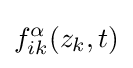
f_{ik}^{\alpha }(z_{k},t)